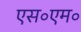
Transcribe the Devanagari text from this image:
एस॰एम॰